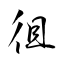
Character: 徂